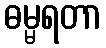
ဓမ္မရတာ